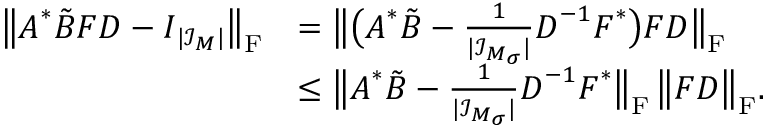
\begin{array} { r l } { \big \| \boldsymbol A ^ { * } \b { \tilde { B } } \boldsymbol F \boldsymbol D - \boldsymbol I _ { | \mathcal I _ { \boldsymbol M } | } \big \| _ { \mathrm F } } & { = \big \| \big ( \boldsymbol A ^ { * } \b { \tilde { B } } - \frac { 1 } { | \mathcal I _ { \boldsymbol M _ { \boldsymbol \sigma } } | } \boldsymbol D ^ { - 1 } \boldsymbol F ^ { * } \big ) \boldsymbol F \boldsymbol D \big \| _ { \mathrm F } } \\ & { \leq \big \| \boldsymbol A ^ { * } \b { \tilde { B } } - \frac { 1 } { | \mathcal I _ { \boldsymbol M _ { \boldsymbol \sigma } } | } \boldsymbol D ^ { - 1 } \boldsymbol F ^ { * } \big \| _ { \mathrm F } \, \big \| \boldsymbol F \boldsymbol D \big \| _ { \mathrm F } . } \end{array}